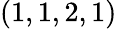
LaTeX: (1,1,2,1)